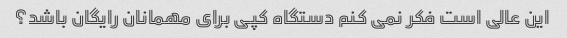
این عالی است فکر نمی کنم دستگاه کپی برای مهمانان رایگان باشد؟